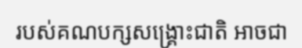
របស់គណបក្សសង្គ្រោះជាតិ អាចជា